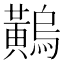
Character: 𪏝